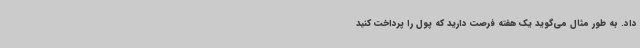
داد. به‌ طور مثال می‌گوید یک هفته فرصت دارید که پول را پرداخت کنید